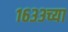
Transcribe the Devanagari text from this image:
१६३३च्या